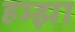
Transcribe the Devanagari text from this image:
हम्झा